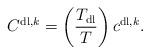
LaTeX: \begin{align*}C^{\mathrm{dl},k} = \left(\frac{T_{\mathrm{dl}}}{T}\right) c^{\mathrm{dl},k}.\end{align*}